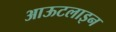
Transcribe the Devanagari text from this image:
आऊटलाइन